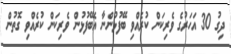
ދިގު 30 އަހަރުގެ ވެރިކަން ކުރެއްވި ބޭފުޅުންނާ އެބޭފުޅުން ވެރިކަން ކުރެއްވި ގޮތުން